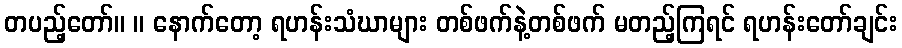
တပည့်တော်။ ။ နောက်တော့ ရဟန်းသံဃာများ တစ်ဖက်နဲ့တစ်ဖက် မတည့်ကြရင် ရဟန်းတော်ချင်း